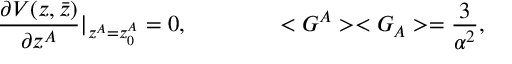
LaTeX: \frac { \partial V ( z , \bar { z } ) } { \partial z ^ { A } } \vert _ { z ^ { A } = z _ { 0 } ^ { A } } = 0 , \qquad \qquad < G ^ { A } > < G _ { A } > = \frac { 3 } { \alpha ^ { 2 } } ,